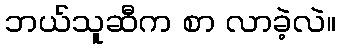
ဘယ်သူဆီက စာ လာခဲ့လဲ။